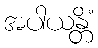
အပါယန္တိံ